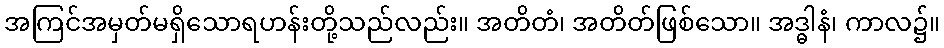
အကြင်အမှတ်မရှိသောရဟန်းတို့သည်လည်း။ အတိတံ၊ အတိတ်ဖြစ်သော။ အဒ္ဓါနံ၊ ကာလ၌။